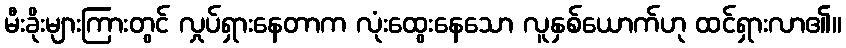
မီးခိုးများကြားတွင် လှုပ်ရှားနေတာက လုံးထွေးနေသော လူနှစ်ယောက်ဟု ထင်ရှားလာ၏။